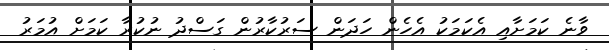
ވާނެ ކަމަށާއި އެކަމަކު އެހެން ހަދަން ސަރުކާރުން ގަސްދު ނުކުރާ ކަމަށް އުމަރު